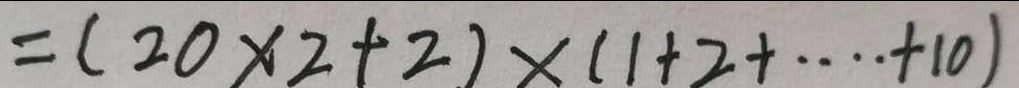
= ( 2 0 \times 2 + 2 ) \times ( 1 + 2 + \cdots + 1 0 )